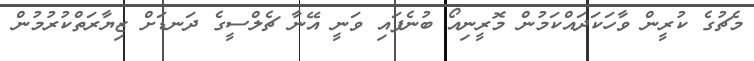
މެޗުގެ ކުރީން ވާހަކަދައްކަމުން މޮރީނިއޯ ބުނެފައި ވަނީ އޭނާ ޗެލްސީގެ ދަނޑަށް ޒިޔާރަތްކުރުމުން